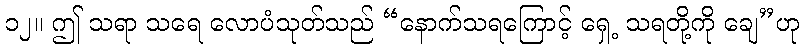
၁၂။ ဤ သရာ သရေ လောပံသုတ်သည် “နောက်သရကြောင့် ရှေ့ သရတို့ကို ချေ”ဟု